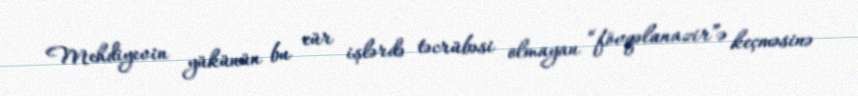
Mehdiyevin yükünün bu cür işlərdə təcrübəsi olmayan “fövqəlanazir”ə keçməsinə